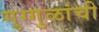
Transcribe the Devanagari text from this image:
गुग्गुळांची